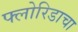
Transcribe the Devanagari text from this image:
फ्लोरिडाचा